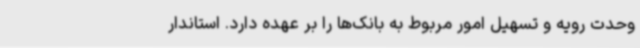
وحدت رویه و تسهیل امور مربوط به بانک‌ها را بر عهده دارد. استاندار